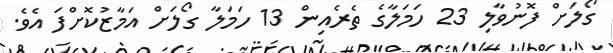
ގޯލަށް ފޮނުވާލި 23 ހަމަލާގެ ތެރެއިން 13 ހަމަލާ ގޯލަށް އަމާޒުކޮށްފަ އެވެ.